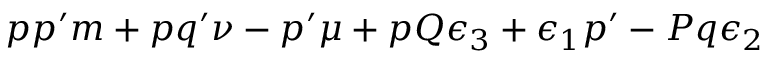
p p ^ { \prime } m + p q ^ { \prime } \nu - p ^ { \prime } \mu + p Q \epsilon _ { 3 } + \epsilon _ { 1 } p ^ { \prime } - P q \epsilon _ { 2 }